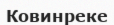
Ковинреке